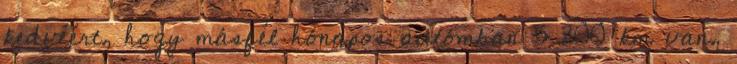
kedvéért, hogy másfél hónapos autómban 5 200 km van,